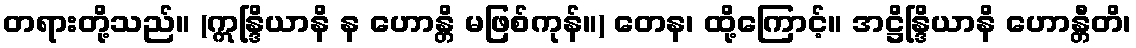
တရားတို့သည်။ (ဣန္ဒြိယာနိ န ဟောန္တိ မဖြစ်ကုန်။) တေန၊ ထို့ကြောင့်။ အဋ္ဌိန္ဒြိယာနိ ဟောန္တီတိ၊